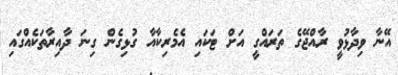
އޭނާ ވިދާޅުވީ ރާއްޖޭގެ ތަރައްގީ އަށް ޓަކައި އެމެރިކާއާ ގުޅިގެން ގިނަ ދާއިރާތަކެއްގައި